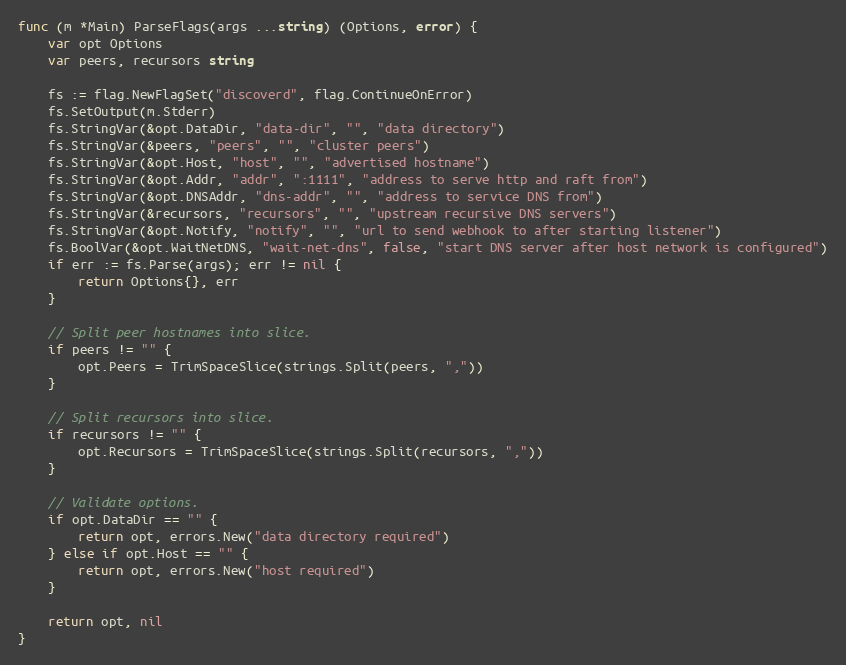
Language: Go
func (m *Main) ParseFlags(args ...string) (Options, error) {
	var opt Options
	var peers, recursors string

	fs := flag.NewFlagSet("discoverd", flag.ContinueOnError)
	fs.SetOutput(m.Stderr)
	fs.StringVar(&opt.DataDir, "data-dir", "", "data directory")
	fs.StringVar(&peers, "peers", "", "cluster peers")
	fs.StringVar(&opt.Host, "host", "", "advertised hostname")
	fs.StringVar(&opt.Addr, "addr", ":1111", "address to serve http and raft from")
	fs.StringVar(&opt.DNSAddr, "dns-addr", "", "address to service DNS from")
	fs.StringVar(&recursors, "recursors", "", "upstream recursive DNS servers")
	fs.StringVar(&opt.Notify, "notify", "", "url to send webhook to after starting listener")
	fs.BoolVar(&opt.WaitNetDNS, "wait-net-dns", false, "start DNS server after host network is configured")
	if err := fs.Parse(args); err != nil {
		return Options{}, err
	}

	// Split peer hostnames into slice.
	if peers != "" {
		opt.Peers = TrimSpaceSlice(strings.Split(peers, ","))
	}

	// Split recursors into slice.
	if recursors != "" {
		opt.Recursors = TrimSpaceSlice(strings.Split(recursors, ","))
	}

	// Validate options.
	if opt.DataDir == "" {
		return opt, errors.New("data directory required")
	} else if opt.Host == "" {
		return opt, errors.New("host required")
	}

	return opt, nil
}